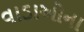
વાડાઓના